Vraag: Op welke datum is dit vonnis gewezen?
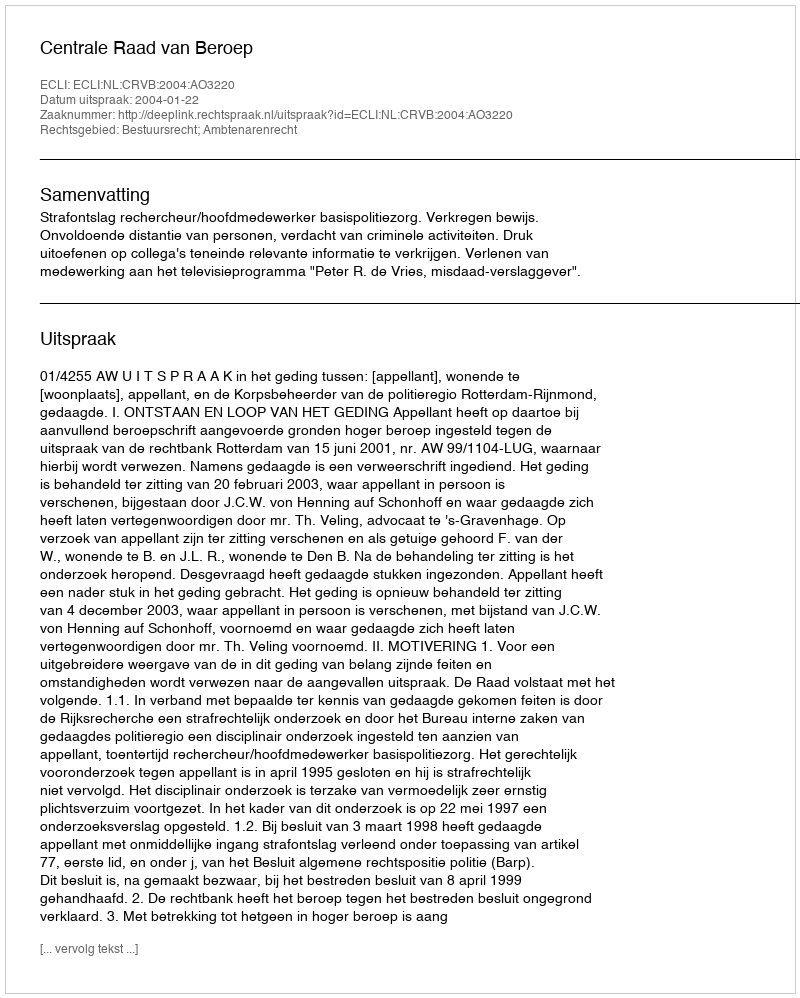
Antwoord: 2004-01-22